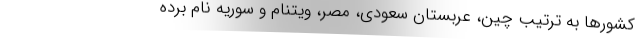
کشورها به ترتیب چین، عربستان سعودی، مصر، ویتنام و سوریه نام برده